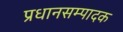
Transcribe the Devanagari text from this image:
प्रधानसम्पादक